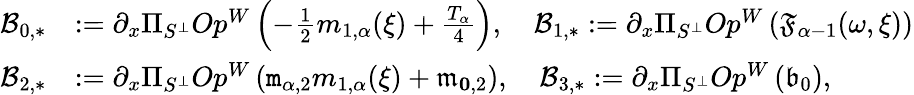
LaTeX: \begin{array}{rl}{\mathcal{B}_{0,*}}&{:=\partial_{x}\Pi_{S^{\perp}}Op^{W}\left(-\frac{1}{2}m_{1,\alpha}(\xi)+\frac{T_{\alpha}}{4}\right),\quad\mathcal{B}_{1,*}:=\partial_{x}\Pi_{S^{\perp}}Op^{W}\left(\mathfrak{F}_{\alpha-1}(\omega,\xi)\right)}\\ {\mathcal{B}_{2,*}}&{:=\partial_{x}\Pi_{S^{\perp}}Op^{W}\left(\mathtt{m}_{\alpha,2}m_{1,\alpha}(\xi)+\mathfrak{m}_{\le 0,2}\right),\quad\mathcal{B}_{3,*}:=\partial_{x}\Pi_{S^{\perp}}Op^{W}\left(\mathfrak{b}_{0}\right),}\end{array}